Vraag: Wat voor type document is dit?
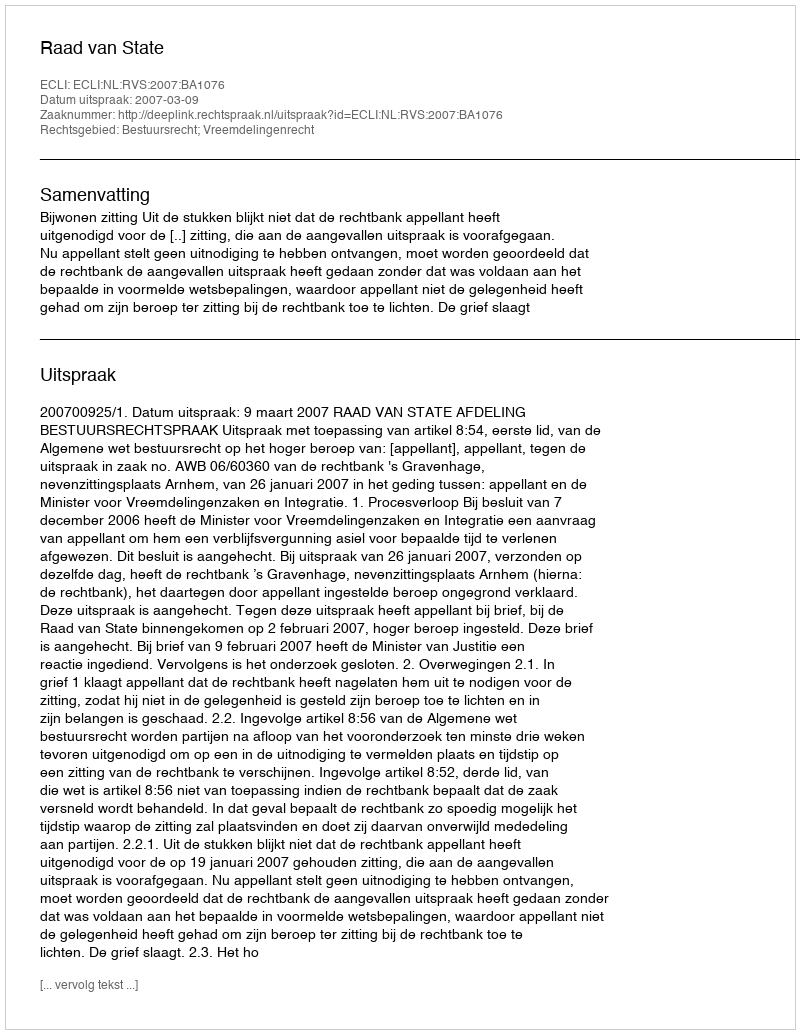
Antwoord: Uitspraak